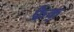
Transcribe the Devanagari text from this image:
फ्रैंक्